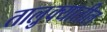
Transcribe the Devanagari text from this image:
तालु़क्यातील